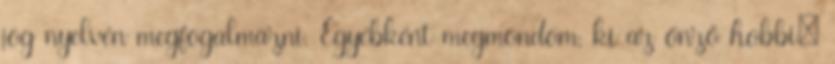
jog nyelvén megfogalmazni. Egyébként megmondom, ki az önző hobbi: